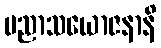
ပညာသယောဇနာနိ